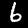
Digit: 6